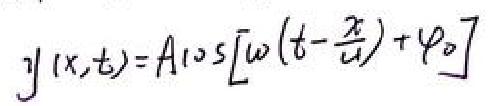
\[ y(x,t)=A\cos[\omega (t - \frac{x}{u})+\varphi_0] \]